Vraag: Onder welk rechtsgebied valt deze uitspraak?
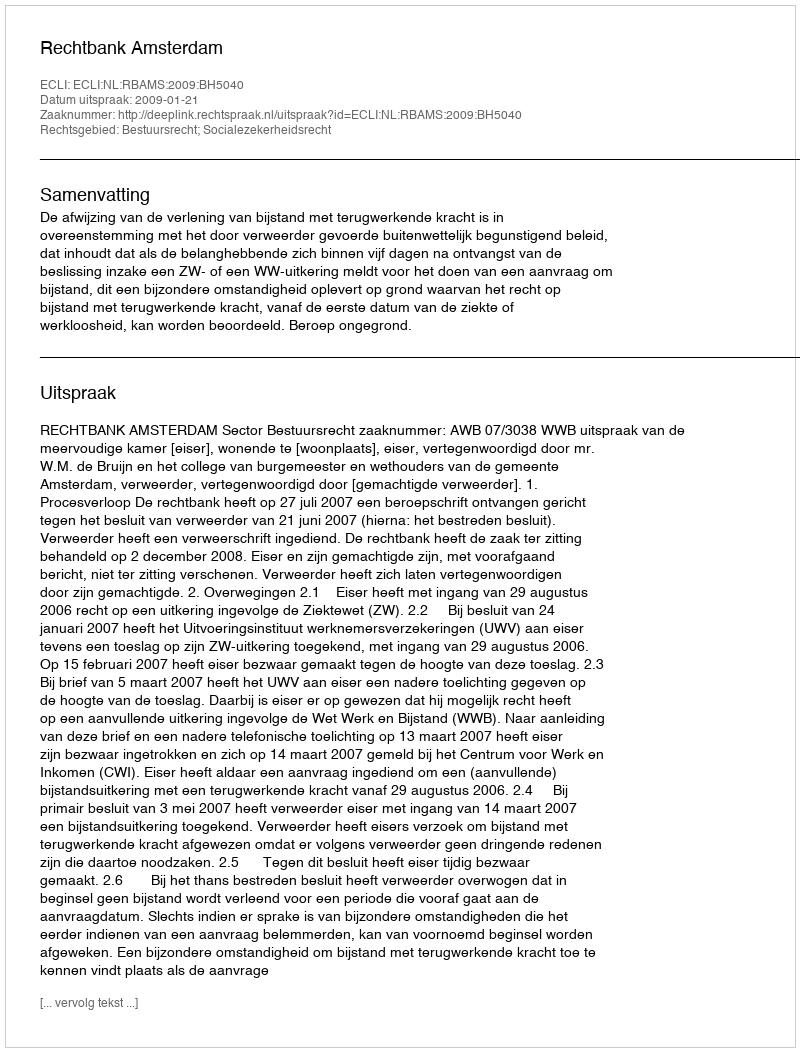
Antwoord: Bestuursrecht; Socialezekerheidsrecht